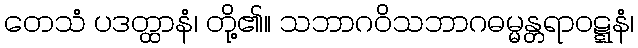
တေသံ ပဒတ္ထာနံ၊ တို့၏။ သဘာဂဝိသဘာဂဓမ္မန္တရာဝဋ္ဋနံ၊